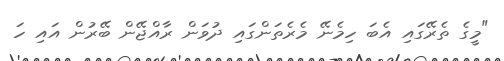
"މީގެ ތެރޭގައި އެބަ ހިމެނޭ މެރެތަންގައި ދުވަން ރާއްޖޭން ބޭރުން އައި ހަ